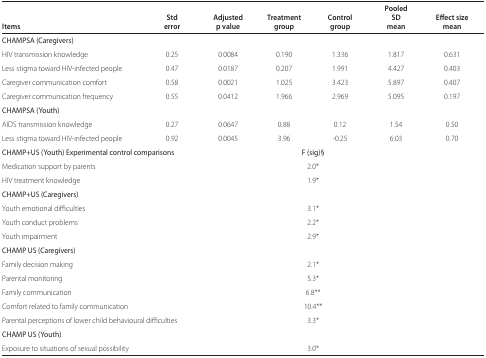
<table><thead><tr><td><b>Items</b></td><td><b>Std error</b></td><td><b>Adjusted p value</b></td><td><b>Treatment group</b></td><td><b>Control group</b></td><td><b>Pooled SD Mean</b></td><td><b>Effect size mean</b></td></tr></thead><tbody><tr><td colspan="7"><b>CHAMPSA (Caregivers)</b></td></tr><tr><td>HIV transmission knowledge</td><td>0.25</td><td>0.0084</td><td>0.190</td><td>1.336</td><td>1.817</td><td>0.631</td></tr><tr><td>Less stigma toward HIV-infected people</td><td>0.47</td><td>0.0187</td><td>0.207</td><td>1.991</td><td>4.427</td><td>0.403</td></tr><tr><td>Caregiver communication comfort</td><td>0.58</td><td>0.0021</td><td>1.025</td><td>3.423</td><td>5.897</td><td>0.407</td></tr><tr><td>Caregiver communication frequency</td><td>0.55</td><td>0.0412</td><td>1.966</td><td>2.969</td><td>5.095</td><td>0.197</td></tr><tr><td colspan="7"><b>CHAMPSA (Youth)</b></td></tr><tr><td>AIDS transmission knowledge</td><td>0.27</td><td>0.0647</td><td>0.88</td><td>0.12</td><td>1.54</td><td>0.50</td></tr><tr><td>Less stigma toward HIV-infected people</td><td>0.92</td><td>0.0045</td><td>3.96</td><td>-0.25</td><td>6.03</td><td>0.70</td></tr><tr><td colspan="3"><b>CHAMP+US (Youth) Experimental control comparisons</b></td><td colspan="2"><b>F (sig)§</b></td><td></td><td></td></tr><tr><td colspan="3">Medication support by parents</td><td colspan="2">2.0*</td><td></td><td></td></tr><tr><td colspan="3">HIV treatment knowledge</td><td colspan="2">1.9*</td><td></td><td></td></tr><tr><td colspan="7"><b>CHAMP+US (Caregivers)</b></td></tr><tr><td colspan="3">Youth emotional difficulties</td><td colspan="2">3.1*</td><td></td><td></td></tr><tr><td colspan="3">Youth conduct problems</td><td colspan="2">2.2*</td><td></td><td></td></tr><tr><td colspan="3">Youth impairment</td><td colspan="2">2.9*</td><td></td><td></td></tr><tr><td colspan="7"><b>CHAMP US (Caregivers)</b></td></tr><tr><td colspan="3">Family decision making</td><td colspan="2">2.1*</td><td></td><td></td></tr><tr><td colspan="3">Parental monitoring</td><td colspan="2">5.3*</td><td></td><td></td></tr><tr><td colspan="3">Family communication</td><td colspan="2">6.8**</td><td></td><td></td></tr><tr><td colspan="3">Comfort related to family communication</td><td colspan="2">10.4**</td><td></td><td></td></tr><tr><td colspan="3">Parental perceptions of lower child behavioural difficulties</td><td colspan="2">3.3*</td><td></td><td></td></tr><tr><td colspan="7"><b>CHAMP US (Youth)</b></td></tr><tr><td colspan="3">Exposure to situations of sexual possibility</td><td colspan="2">3.0*</td><td></td><td></td></tr></tbody></table>